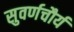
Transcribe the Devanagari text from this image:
सुवर्णचौर्य